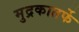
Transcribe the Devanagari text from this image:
मुद्रकातर्फे